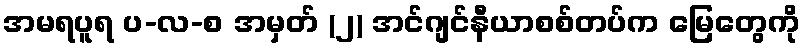
အမရပူရ ပ-လ-စ အမှတ် (၂) အင်ဂျင်နီယာစစ်တပ်က မြေတွေကို